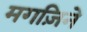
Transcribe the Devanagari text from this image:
मगज़िने